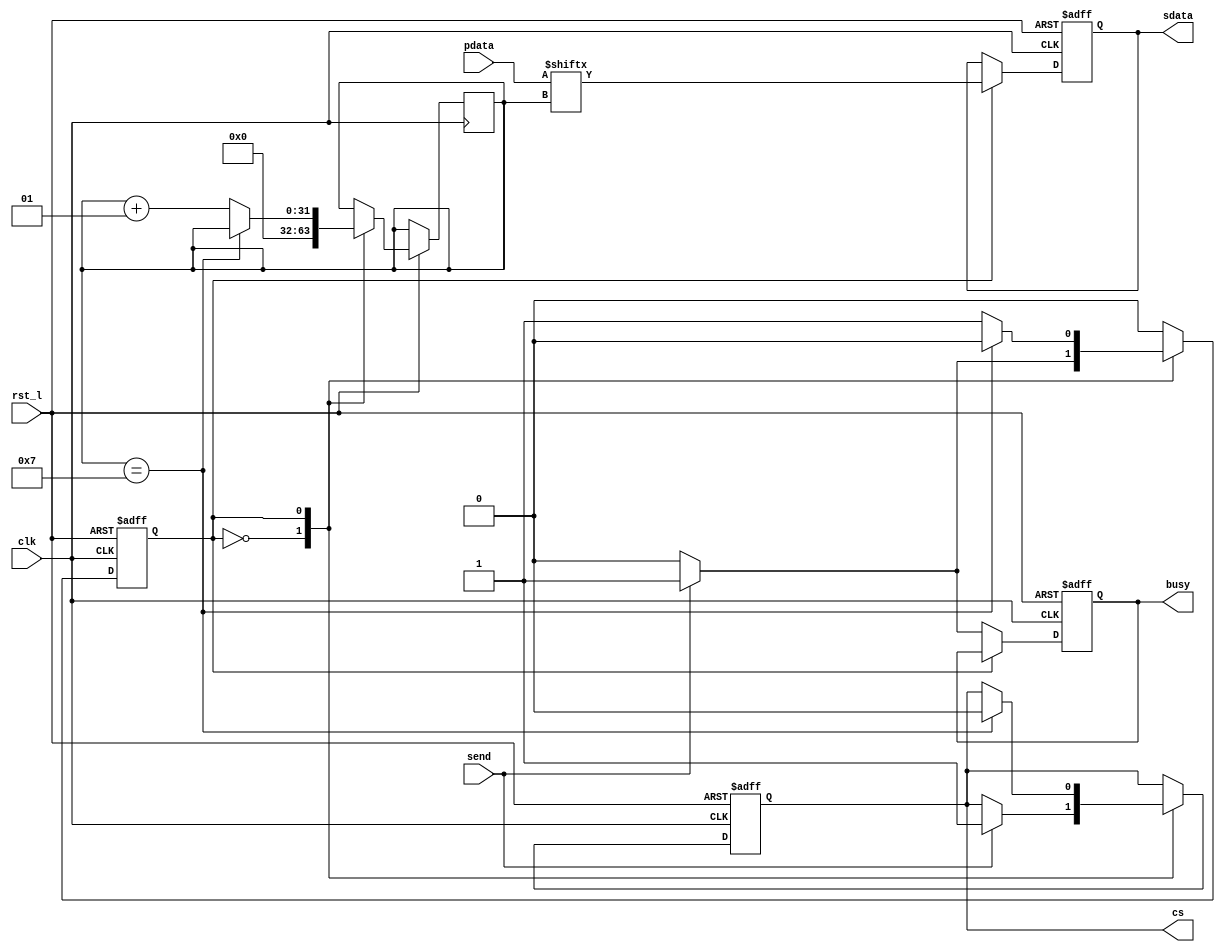
`timescale 1ns/1ps

module P2S
  #(
    parameter N=8
  )
  (
    input clk,    // master system clock
    input rst_l,  // master reset (active low)

    // Parallel data interface:
    input [N-1:0] pdata,
    input         send,
    output reg    busy,

    // Serial data interface:
    output reg cs,     // channel select
    output reg sdata   // serial data
  );

  reg       state;
  integer   bit_index;

  localparam IDLE     = 0;
  localparam WRITE    = 1;

  always @(posedge clk, negedge rst_l) begin
     if (!rst_l) begin
        state <= IDLE;
	busy  <= 0;
	sdata <= 0;
	cs    <= 0;
     end
     else begin
       case (state)
         ///////////////////////////////////////
         IDLE: 
	   begin
	      bit_index <= 0;
	      
	      if (send) begin
	        busy  <= 1;
		cs    <= 1;
		state <= WRITE;
	      end
	      else
		busy <= 0;
	      
	   end
	 //////////////////////////////////////
	 WRITE:
	   begin
	     // Write the next bit onto the serial channel:
	     sdata     <= pdata[bit_index];

	     // See if we've written all the bits:
	     if (bit_index == N-1) begin
	       cs    <= 0;
	       state <= IDLE;
	     end
	     // Else increment the bit index and keep writing:
	     else begin
   	       bit_index <= bit_index + 1;
	     end
	   end
	 /////////////////////////////////////
       endcase
     end
  end
endmodule